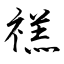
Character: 禚